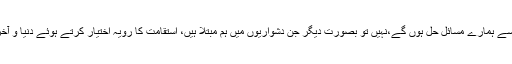
مجھے یقین کامہ ہے کہ اس طرح سے ہمارے مسائل حل ہوں گے،نہیں تو بصورت دیگر جن دشواریوں میں ہم مبتلا ہیں، استقامت کا رویہ اختیار کرتے ہوئے دنیا و آخرت میں سرخ رو ہوں ، ان شاءاللہ !